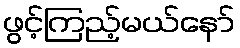
ဖွင့်ကြည့်မယ်နော်